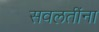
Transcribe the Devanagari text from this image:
सवलतींना